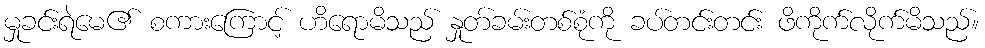
မှုခင်းရဲမေ၏ စကားကြောင့် ဟိရောမိသည် နှုတ်ခမ်းတစ်စုံကို ခပ်တင်းတင်း ဖိကိုက်လိုက်မိသည်။